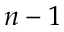
n - 1